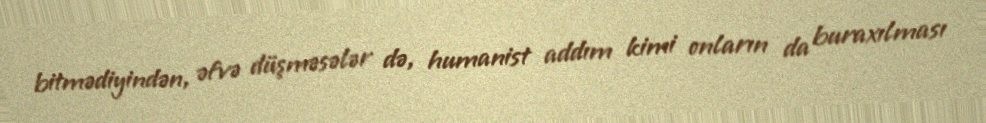
bitmədiyindən, əfvə düşməsələr də, humanist addım kimi onların da buraxılması